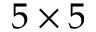
5 \times 5